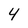
Character: 4